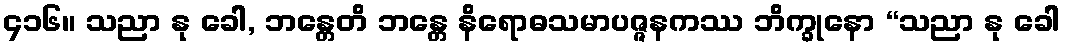
၄၁၆။ သညာ နု ခေါ, ဘန္တေတိ ဘန္တေ နိရောဓသမာပဇ္ဇနကဿ ဘိက္ခုနော “သညာ နု ခေါ